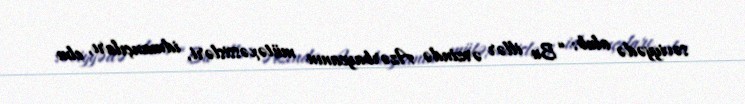
səviyyədə olub: “Bu illər ərzində Azərbaycanın mütəxəssisləri, idmançıları, elm